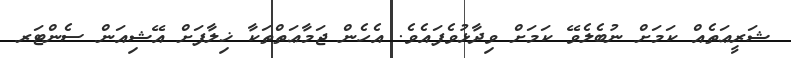
ޝަރީޢަތެއް ކަމަށް ނުބެލެވޭ ކަމަށް ވިދާޅުވެފައެވެ. އެހެން ޖަމާޢަތްތަކާ ޚިލާފަށް އޭޝިއަން ސެންޓަރ